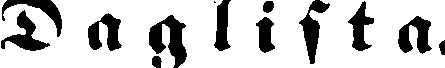
Daglista.